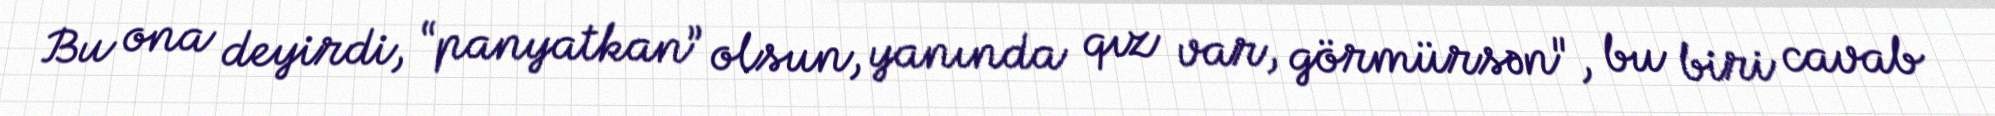
Bu ona deyirdi, “panyatkan” olsun, yanında qız var, görmürsən", bu biri cavab